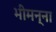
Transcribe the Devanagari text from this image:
भीमन्ना